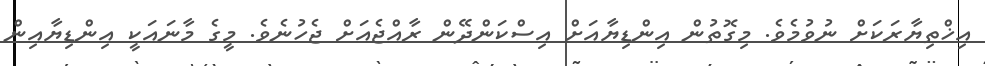
އިޚްތިޔާރަކަށް ނުވުމެވެ. މިގޮތުން އިންޑިޔާއަށް އިސްކަންދޭން ރާއްޖެއަށް ޖެހުނެވެ. މީގެ މާނައަކީ އިންޑިޔާއިން